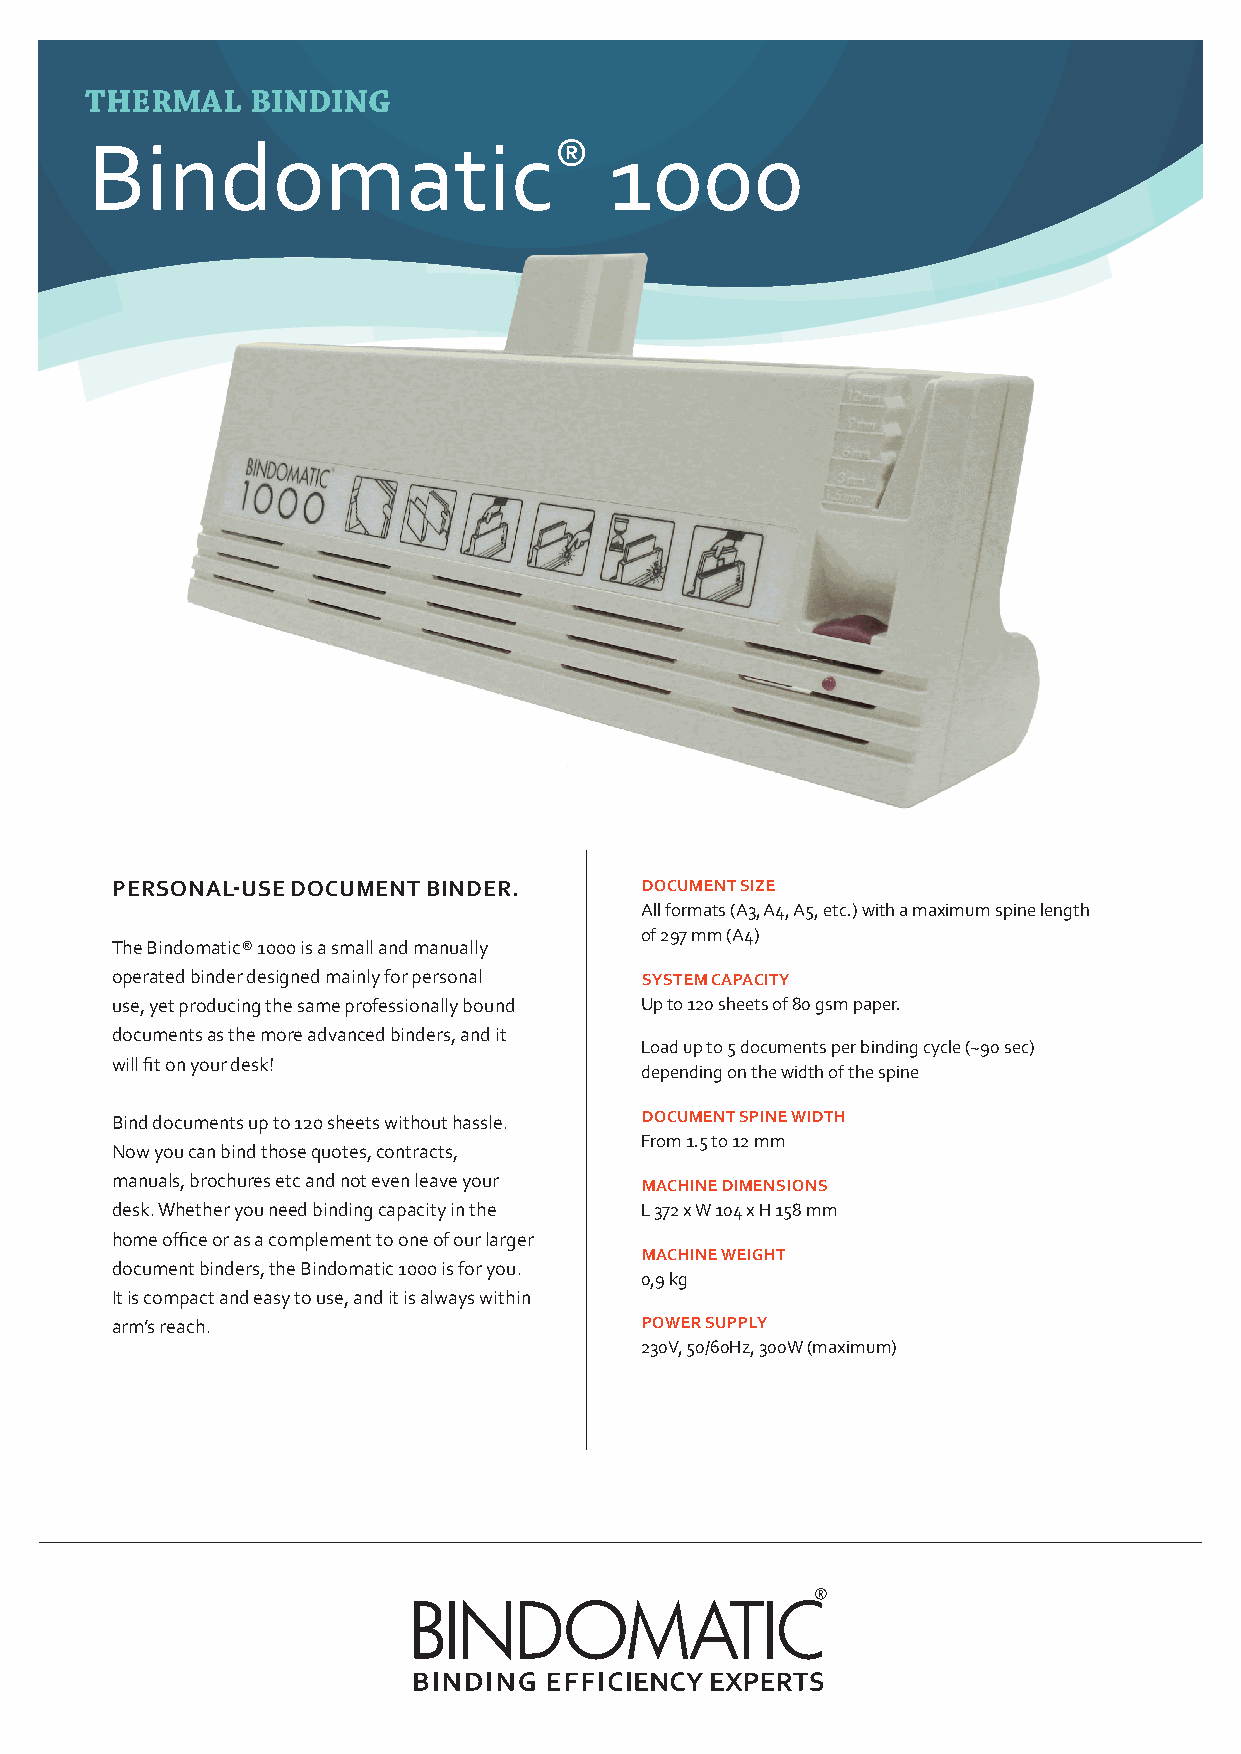
THERMAL    BINDING
 Bindomatic®                       1000
 PERSONAL-USE DOCUMENT BINDER.      DOCUMENT SIZE
 All formats (A3, A4, A5, etc.) with a maximum spine length
 of 297 mm (A4)
 The Bindomatic® 1000 is a small and manually
 operated binder designed mainly for personal SYSTEM CAPACITY
 use, yet producing the same professionally bound Up to 120 sheets of 80 gsm paper.
 documents as the more advanced binders, and it
 Load up to 5 documents per binding cycle (~90 sec)
 will fit on your desk!
 depending on the width of the spine
 Bind documents up to 120 sheets without hassle. DOCUMENT SPINE WIDTH
 From 1.5 to 12 mm
 Now you can bind those quotes, contracts,
 manuals, brochures etc and not even leave your MACHINE DIMENSIONS
 desk. Whether you need binding capacity in the L 372 x W 104 x H 158 mm
 home office or as a complement to one of our larger
 MACHINE WEIGHT
 document binders, the Bindomatic 1000 is for you.
 0,9 kg
 It is compact and easy to use, and it is always within
 arm’s reach.                       POWER SUPPLY
 230V, 50/60Hz, 300W (maximum)